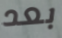
بعد